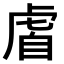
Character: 𫊡